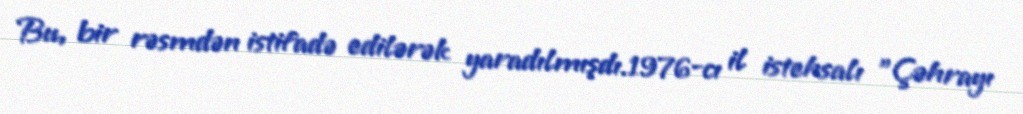
Bu, bir rəsmdən istifadə edilərək yaradılmışdı.1976-cı il istehsalı "Çəhrayı